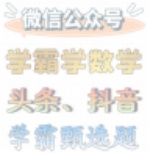
微信公众号
学霸学数学
头条、抖音
学霸题选题